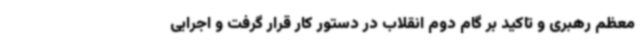
معظم رهبری و تاکید بر گام دوم انقلاب در دستور کار قرار گرفت و اجرایی